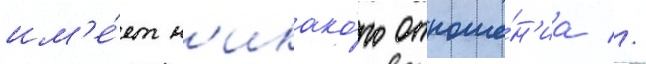
им'е́ет н'икако́го отноше́н'иа //